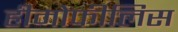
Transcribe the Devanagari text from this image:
हीमोफीलिस